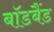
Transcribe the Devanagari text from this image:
बॉडबैंड